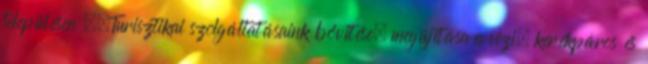
településen ▪„Turisztikai szolgáltatásaink bővítése, megújítása a vizi, kerékpáros és